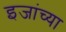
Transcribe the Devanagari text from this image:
इजांच्या